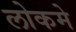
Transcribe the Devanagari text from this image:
लोकमे